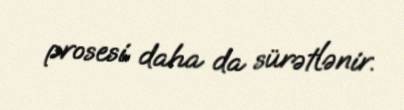
prosesi daha da sürətlənir.